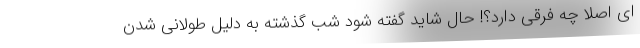
ای اصلا چه فرقی دارد؟! حال شاید گفته شود شب گذشته به دلیل طولانی شدن